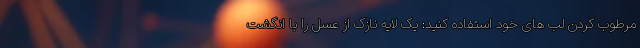
مرطوب کردن لب های خود استفاده کنید: یک لایه نازک از عسل را با انگشت